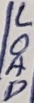
Text: LOAD